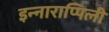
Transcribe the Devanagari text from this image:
इन्नाराप्पिली